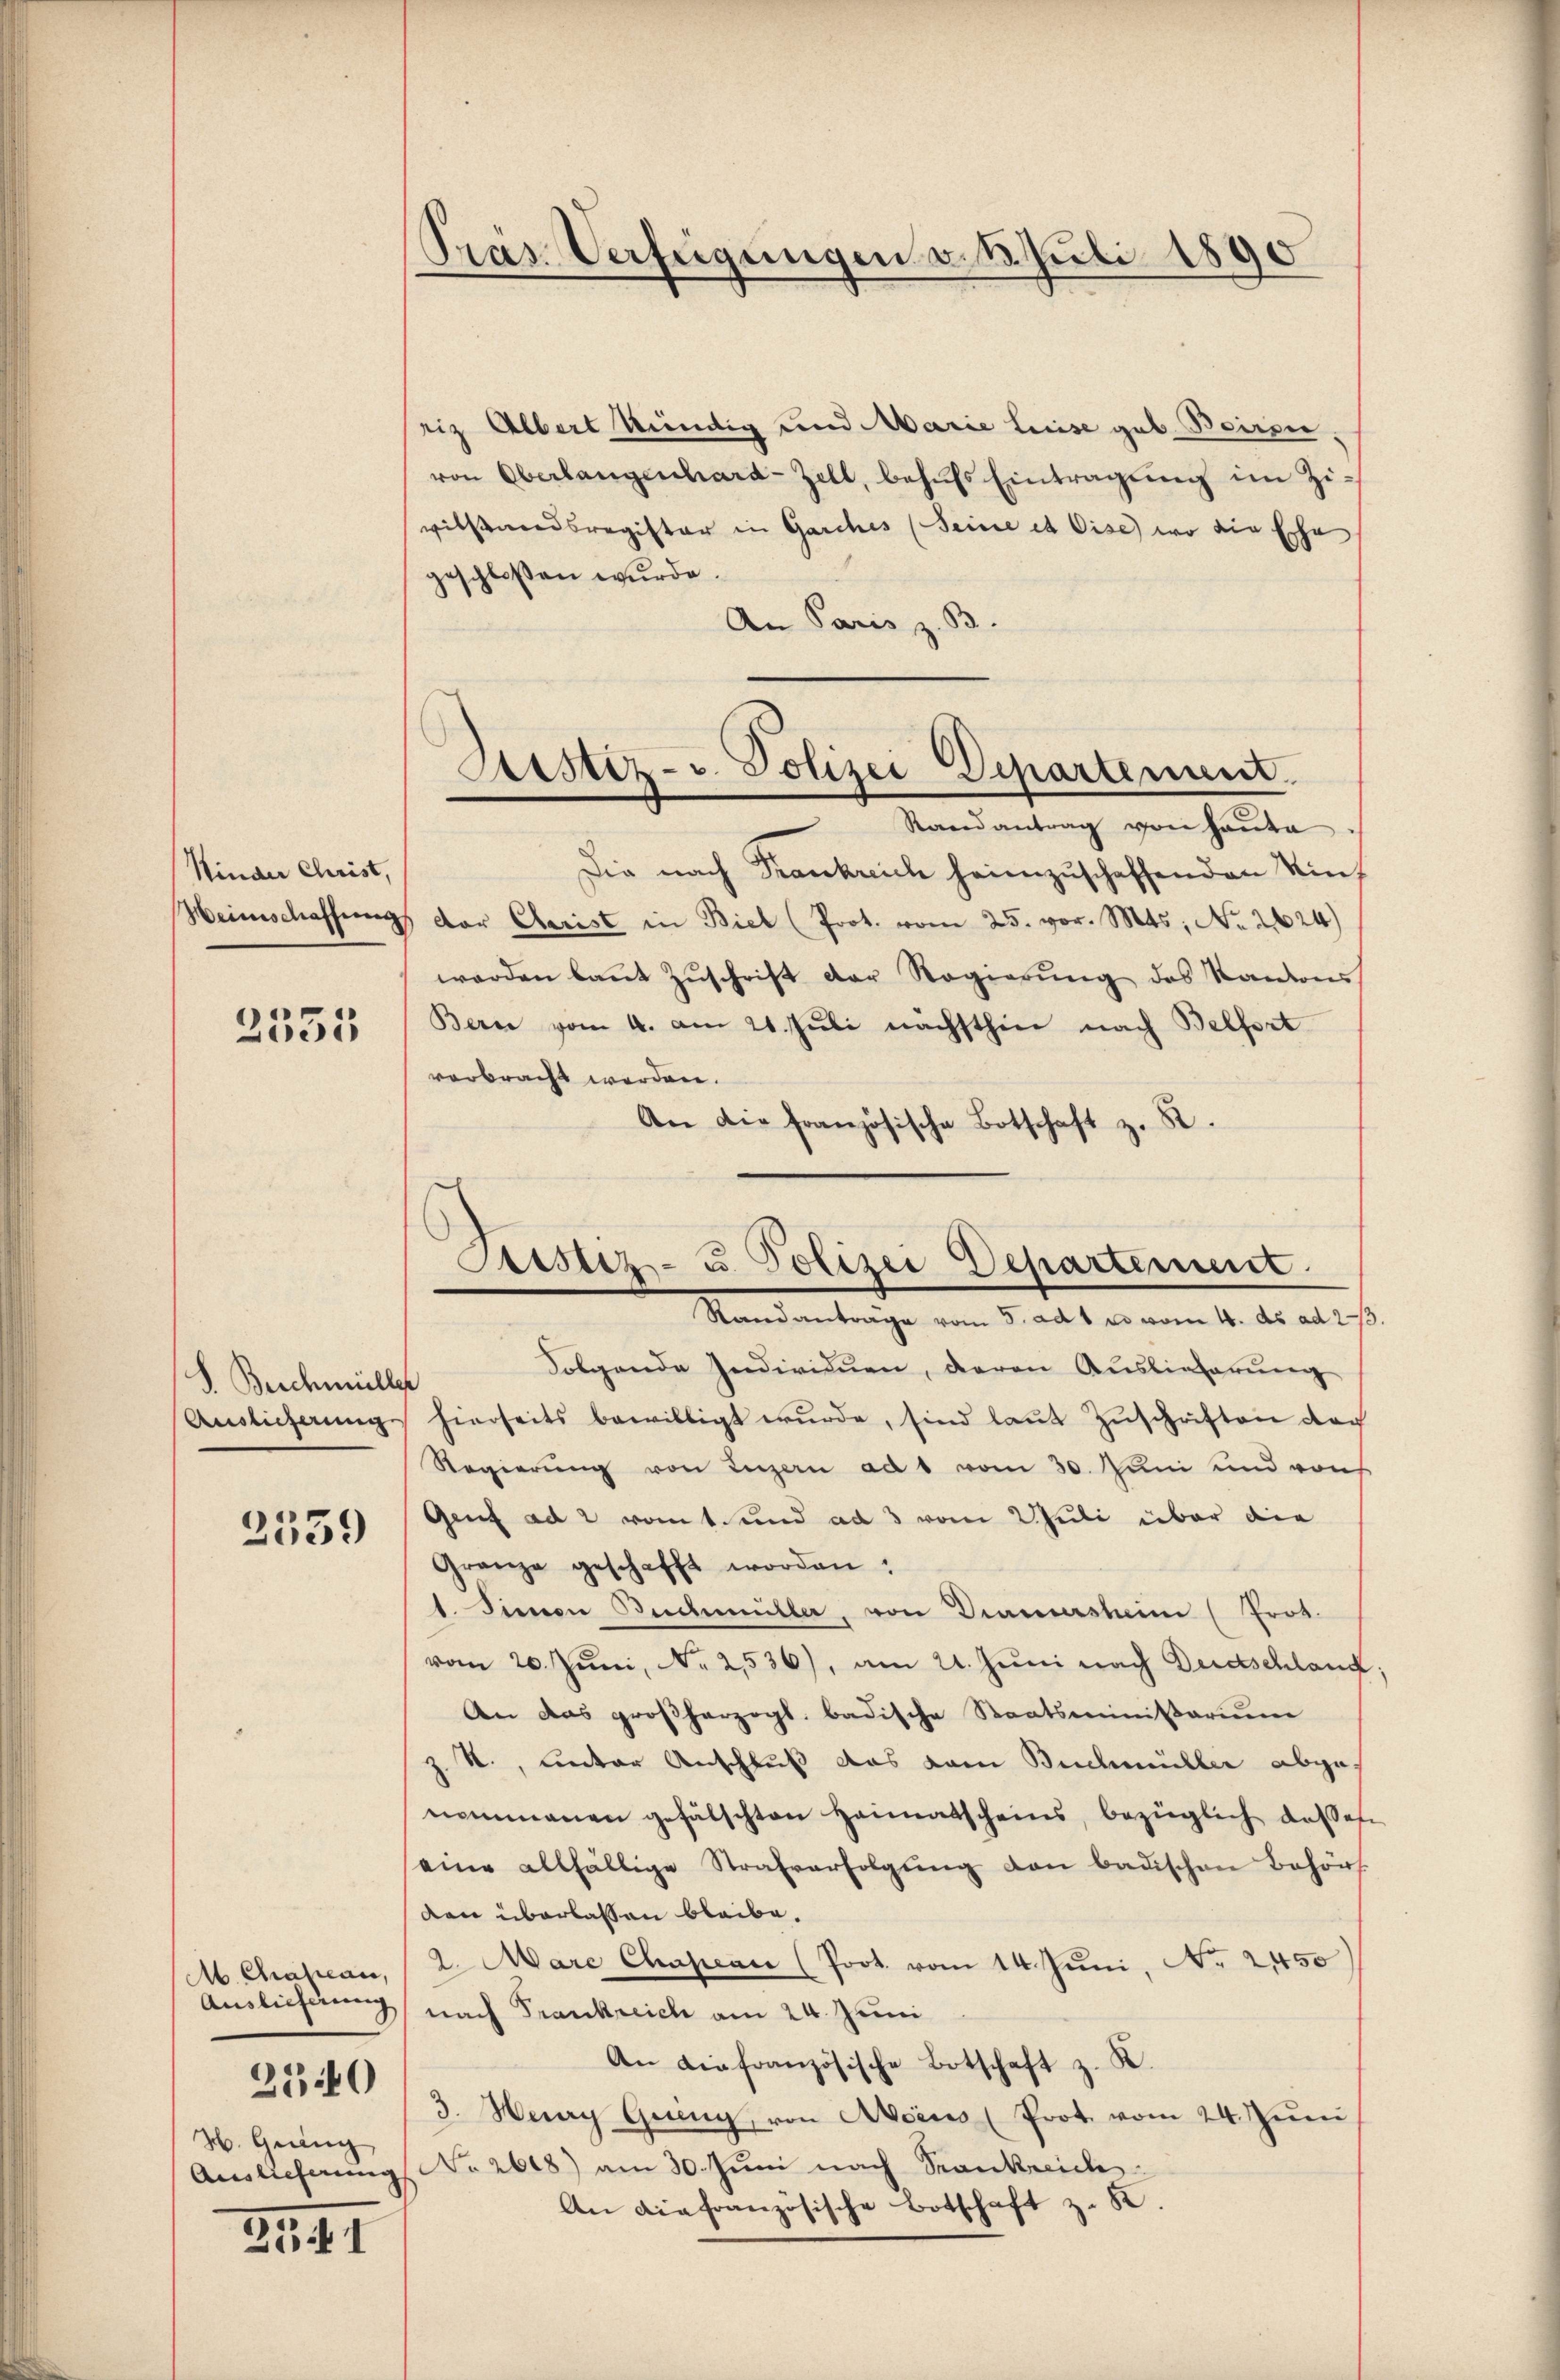
Kinder Christ,
Weinschaffung

2533

S. Beschmüller
Auslieferung.

2539

M. Chrasean,
.
40
W. Gräng
Auslieferung

2197

Präs. Verfügungen v. 3. Juli 1890

riz Albert kündig und Marie Leeise geb. Beispie
von Oberlangenhard-Zell, behufs Eintragung im Ziwilstandsregister in Garches (Seine et Cise) wo die Echa
geschlossen wurde.
An Paris z. B
Die nach Frankreich heimzuschaffenden Kin
der Clerist in Biel (Prot. vom 25. vor. Mts; No. 2624)
werden kaṅt Zŭschrift der Regierŭng des Kantons
Bern vom 4. am 21. Juli nachsthier nach Belfort
verbracht werden.
An die französische Botschaft z. B.
Folgende Individuen, daran Auslieferung
hierseits bewilligt wŭrde, sind laŭt Zŭschriften doch
Regierŭng von Luzern ad 1 vom 30. Juni und von
Genf ad 2 vomt und ad 3 vom Juli über die
Granze geschafft worden:
1. Sinnen Buchmüller, von Dramerstein (Prot.
vom 20. Juni, N. 2536), am 21. Juni nach Dudschlauc
An das großherzogl. badische Staatsminikarium
z. R., unter Anschluß das vom Buchmüller abge
nommenen gefälschten Heimatscheins, bezüglich dasses
eine allfällige Strafverfolgŭng den badischen Behör
van überlassen bleibe.
2. Marc Chapean (Prot. vom 14. Juni, No 2450
Auslieferung nach Frankreich am 24. Juni
An die französische Botschaft z. K.
3. Haag Geng, von Aocus (Prot. vom 24. Jŭni
No 2608) am 30. Juni nach Sankreich
An die französische Botschaft z. B.

Sistiz- u. Polizei Departement
Randantrag von Hauta

Sistiz- u. Polizei Departement.
Randanträge vom 5. aus es vom 4. ds als